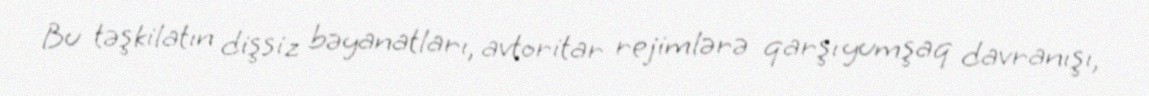
Bu təşkilatın dişsiz bəyanatları, avtoritar rejimlərə qarşı yumşaq davranışı,